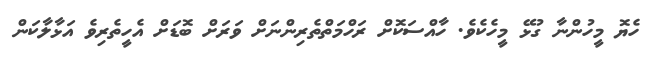
ހެޔޮ މީހުންނާ ގުޅޭ މީހެކެވެ. ހާއްސަކޮށް ރަހްމަތްތެރިންނަށް ވަރަށް ބޮޑަށް އެހީތެރިވެ އަޅާލާކަން